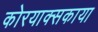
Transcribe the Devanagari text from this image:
कोरयाक्सकाया